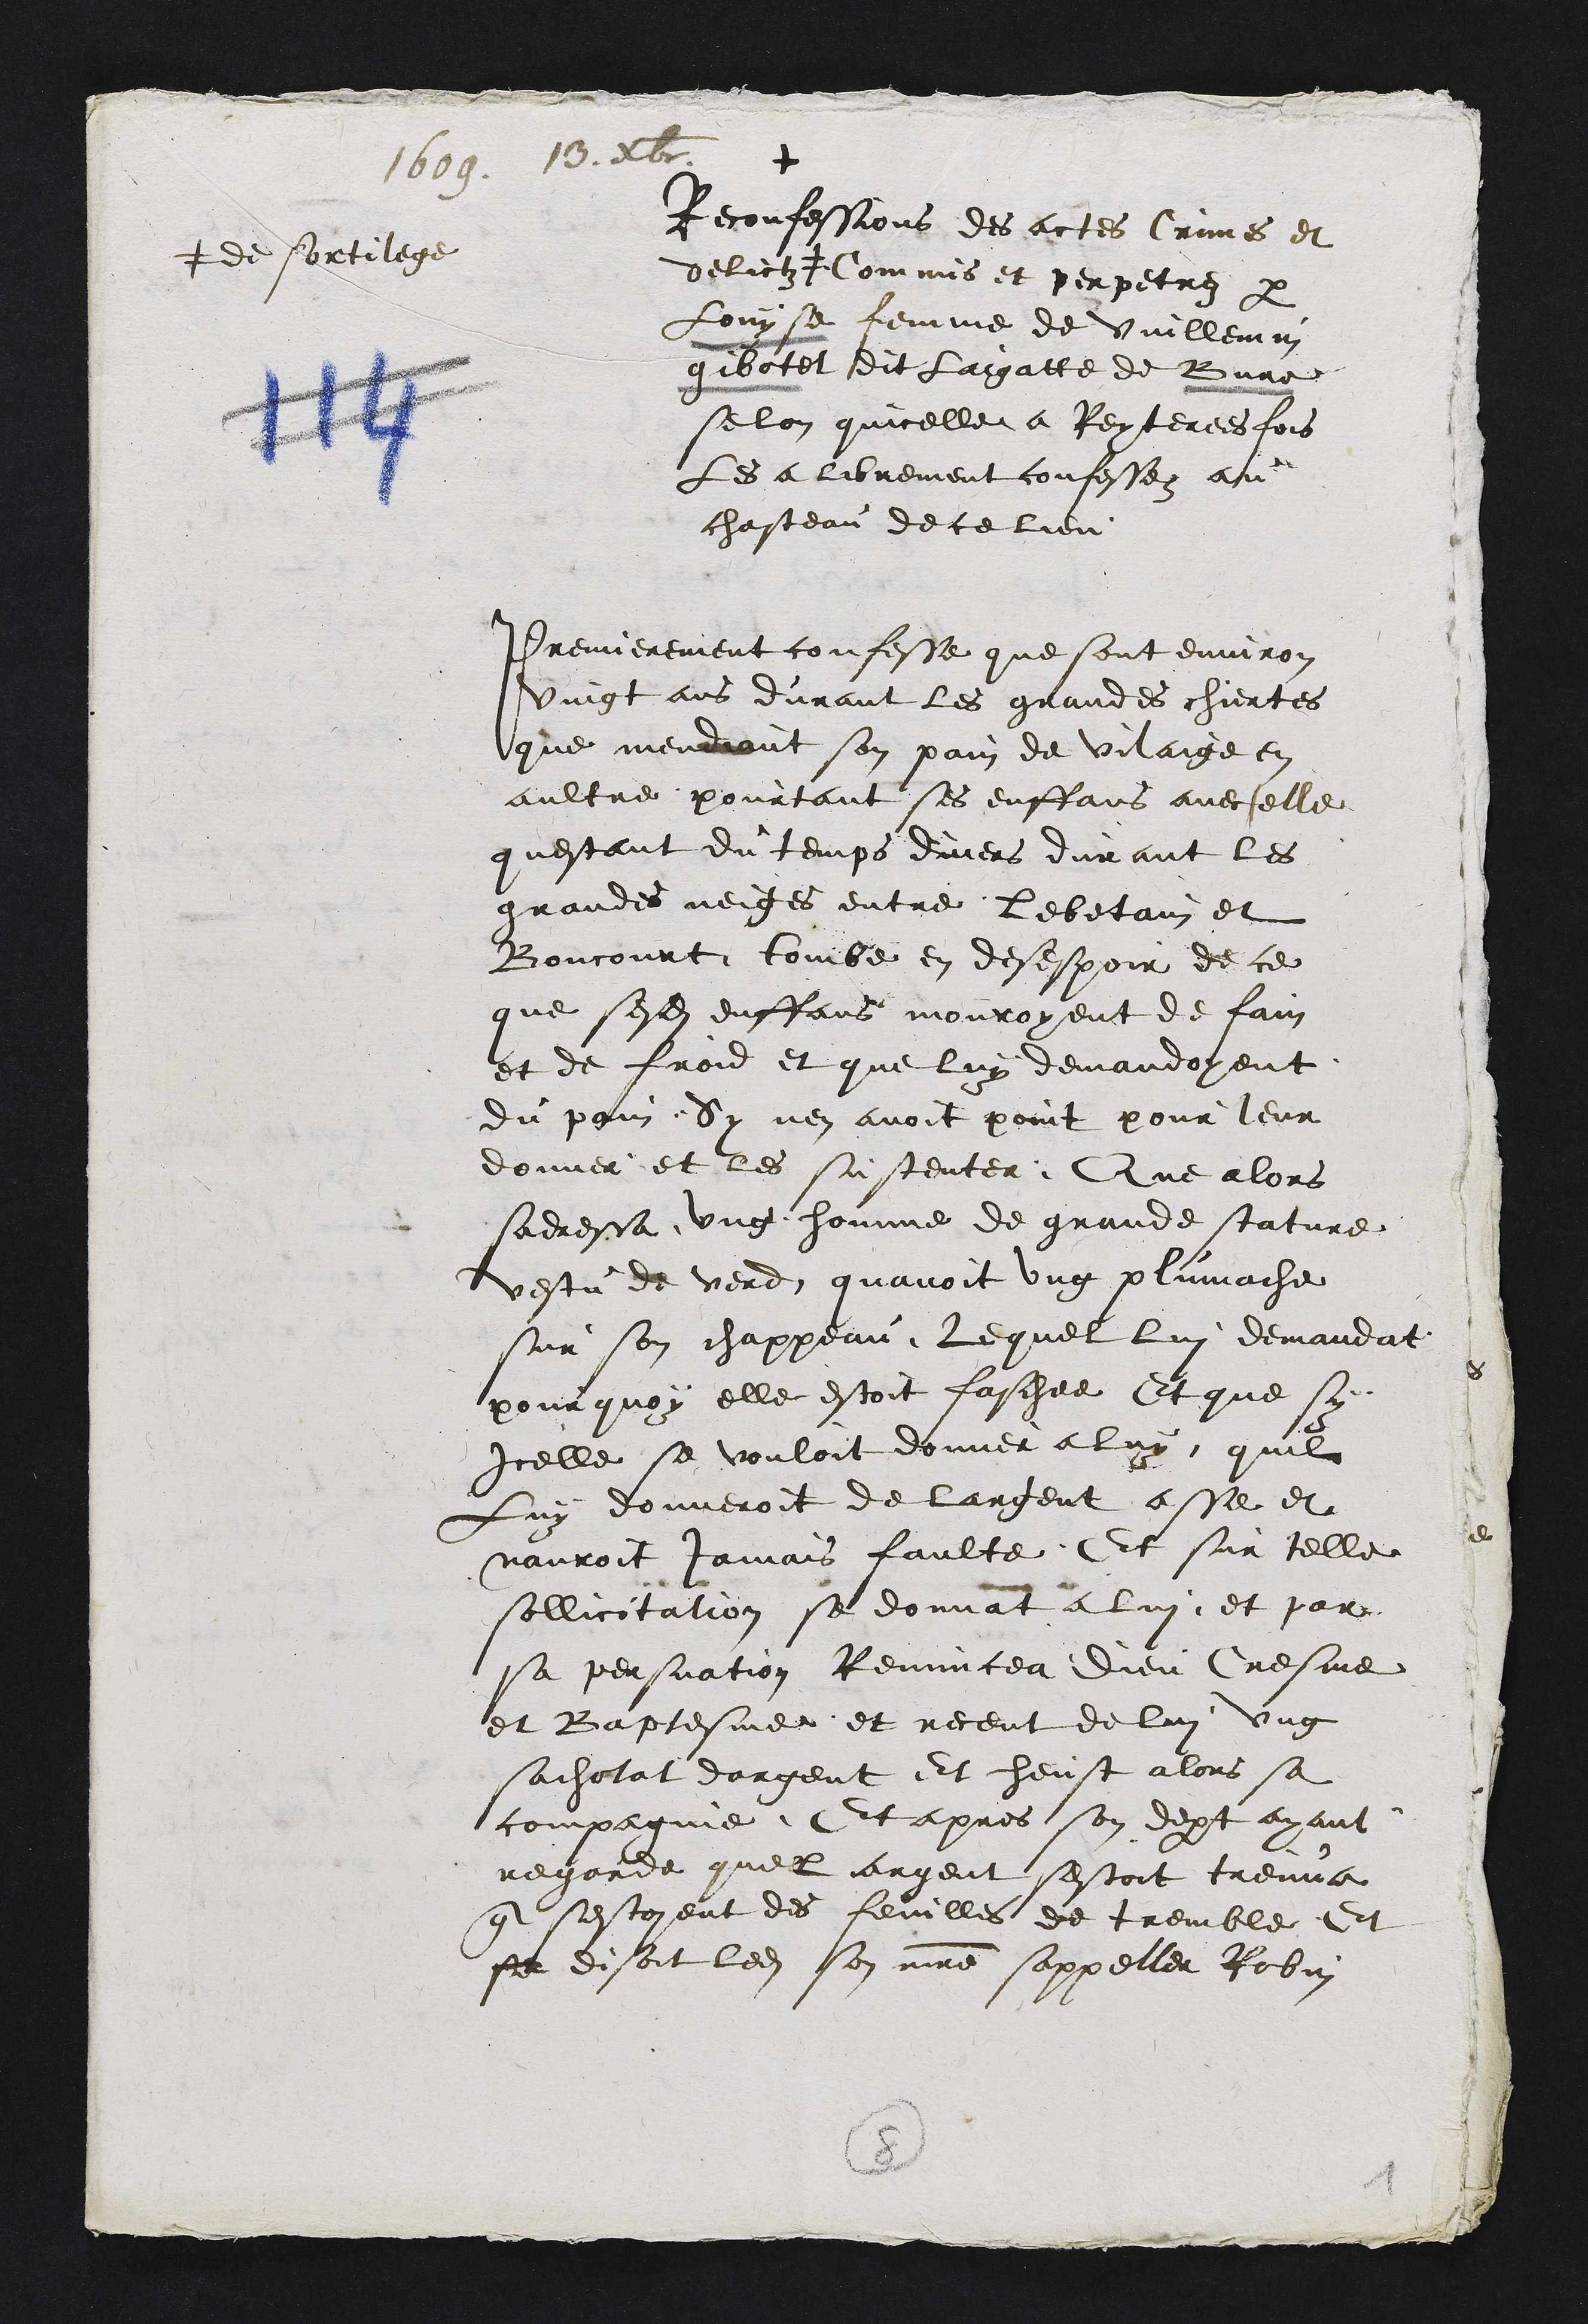
+
Reconfessions des actes Crimes et
delictz #
# de sortilege
Commis et perpetres par
Louyse femme de Vuillemin
gibotet dit Laigatte de Bure
selon quicelle a Reyterees fois
Les a librement confessez au
chasteau de ce lieu
Premierement confesse que sont environ
vingt ans durant les grandes chiertes
que mendiant son pain de vilaige en
aultre pourtant ses enffans avec elle
questant du temps divers durant les
grandes neiges entre Lebetain et
Boncourt tombe en desespoir de ce
que sesdits enffans mouroyent de fain
et de froid et que luy demandoyent
du pain Sy nen avoit point pour leur
donner et les sustenter Que alors
sadressa ung homme de grande stature
vestu de verd quavoit ung plumache
sur son chappeau Lequel lui demandat
pourquoy elle estoit faschee Et que sy
Icelle se vouloit donner a luy quil
Luy donneroit de largent asse et
nauroit jamais faulte Et sur telle
sollicitation se donnat a lui, et par
sa persuation Renuncea Dieu Cresme
et Baptesme et receut de lui ung
sachotat dargent Et heust alors sa
compagnie. Et apres son depart ayant
regarde quel argent sestoit treuva
que sestoyent des feuilles de tremble Et
se disoit ledit son maitre sappeller Robin